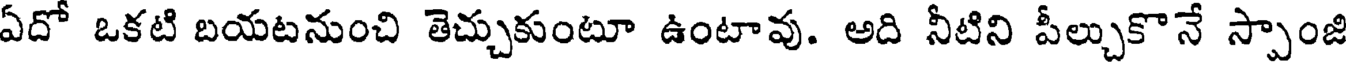
ఏదో ఒకటి బయటనుంచి తెచ్చుకుంటూ ఉంటావు. అది నీటిని పీల్చుకొనే స్పాంజి